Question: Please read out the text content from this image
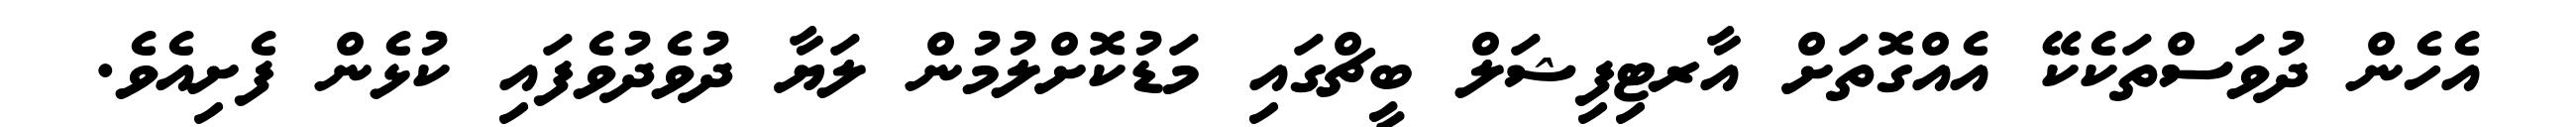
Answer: އެހެން ދުވަސްތަކެކޭ އެއްގޮތަށް އާރޓިފިޝަލް ބީޗްގައި މަޑުކޮށްލުމުން ލަޔާ ދުވެދުވެފައި ކުޅެން ފެށިއެވެ.